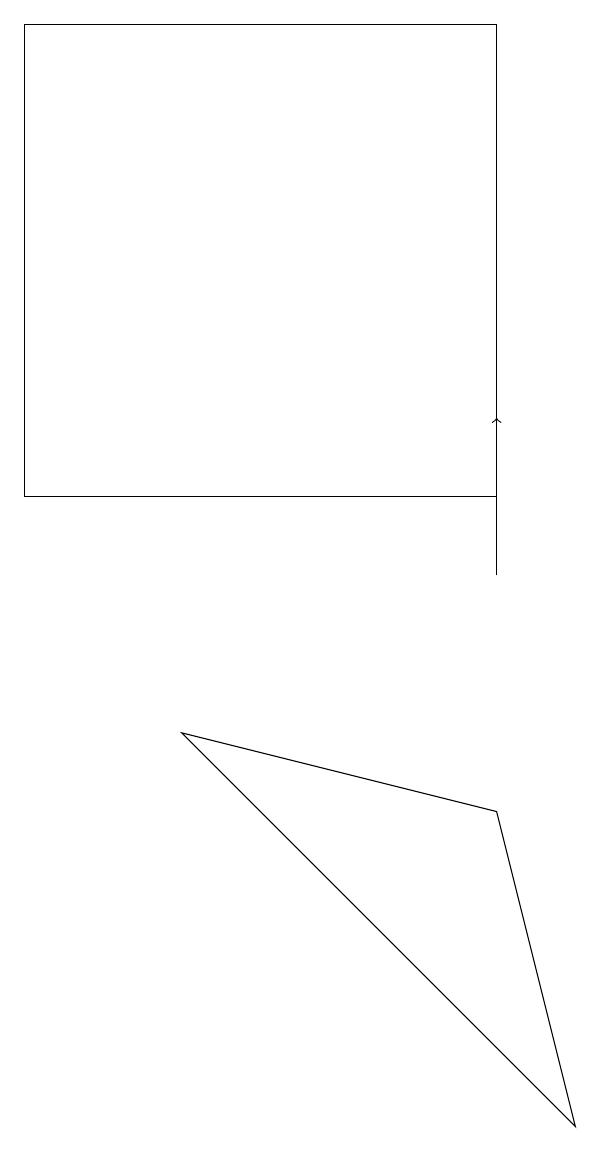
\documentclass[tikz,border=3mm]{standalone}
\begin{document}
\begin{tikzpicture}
\draw[->] (7,10) -- (7,12);
\draw (7,7) -- (3,8) -- (8,3) -- cycle;
\draw (7,11) rectangle (1,17);
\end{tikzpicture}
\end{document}